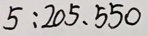
5 : 2 0 5 、 5 5 0